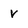
Character: V